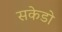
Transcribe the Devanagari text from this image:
सकेडो